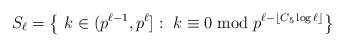
\begin{align*}S_{\ell}=\left\{\ k\in (p^{\ell-1},p^{\ell}]:\ k\equiv 0\bmod p^{\ell-\lfloor C_5\log\ell\rfloor}\right\}\end{align*}